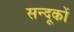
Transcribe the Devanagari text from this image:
सन्दूकों